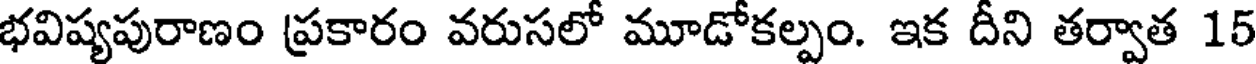
భవిష్యపురాణం ప్రకారం వరుసలో మూడోకల్పం. ఇక దీని తర్వాత 15